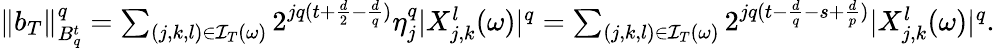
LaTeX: \begin{array}{r}{\| b_{T}\| _{B_{q}^{t}}^{q}=\sum_{(j,k,l)\in\mathcal{I}_{T}(\omega)}2^{jq(t+\frac{d}{2}-\frac{d}{q})}\eta_{j}^{q}|X_{j,k}^{l}(\omega)|^{q}=\sum_{(j,k,l)\in\mathcal{I}_{T}(\omega)}2^{jq(t-\frac{d}{q}-s+\frac{d}{p})}|X_{j,k}^{l}(\omega)|^{q}.}\end{array}